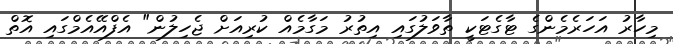
މިހާރު އަހަރެމެންގެ ޓާގެޓަކީ ތާވަލުގައި އިތުރު މަގާމެއް ކުރިއަށް ޖެހިލުން" އެފްއޭއެމްގައި އޮތް